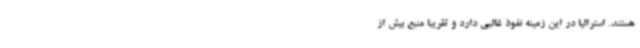
هستند. استرالیا در این زمینه نفوذ غالبی دارد و تقریبا منبع بیش از